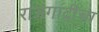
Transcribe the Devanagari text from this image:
राजगादीचा